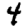
Digit: 4